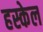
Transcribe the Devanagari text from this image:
हस्केल